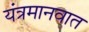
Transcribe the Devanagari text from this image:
यंत्रमानवात